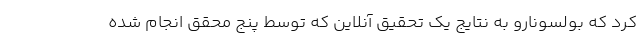
کرد که بولسونارو به نتایج یک تحقیق آنلاین که توسط پنج محقق انجام شده